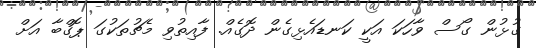
ގުޅުން ގޯސް ވާހަކަ އަކީ ކަނޑައެޅިގެން ދޮގެއް. ފާއިތުވި މެޗުތަކުގަ ޕޮގްބާ އަށް